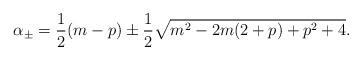
LaTeX: \begin{align*}\alpha_\pm=\frac{1}{2}(m-p)\pm\frac{1}{2}\sqrt{m^2-2m(2+p)+p^2+4}.\end{align*}